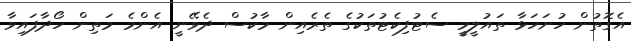
އެގޮތުން ހުށަހަޅާ ތައުލީމީ ސެޓުފިކެޓުތަކުގެ ތެރެއިން މާކުސް ދެވޭނީ އެންމެ މަތިން ހޯދާފައިވާ